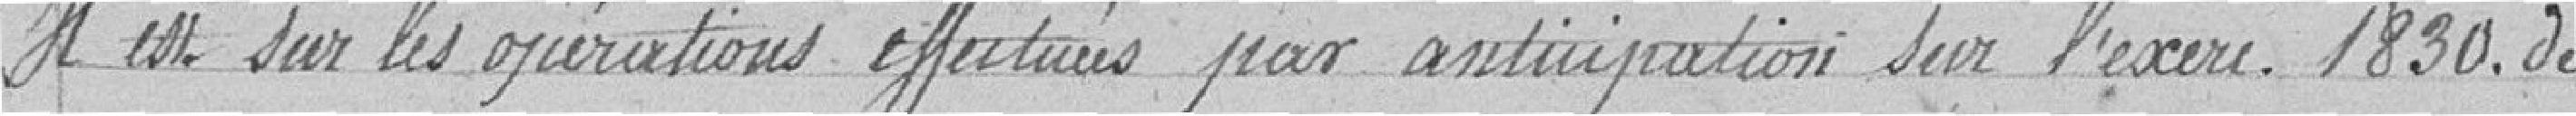
Il est sur les opérations effectuées par anticipation sur l'exercice 1830 de  //   //                 //  //